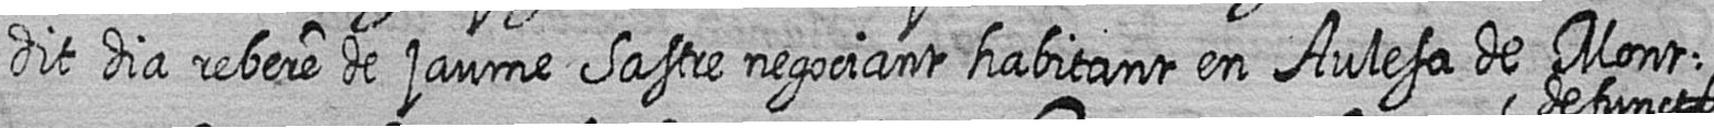
dit dia rebere de jaume Sastre negociant habitant en Aulesa de Mont=